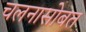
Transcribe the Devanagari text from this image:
चलनासोबत